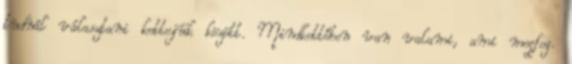
tudnál választani kettejük között. Mindkettőben van valami, ami megfog.